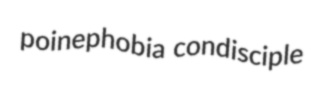
poinephobia condisciple